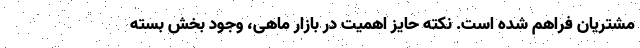
مشتریان فراهم شده است. نکته حایز اهمیت در بازار ماهی، وجود بخش بسته